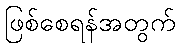
ဖြစ်စေရန်အတွက်